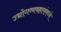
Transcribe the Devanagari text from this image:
उद्योगव्यवहारांमध्ये